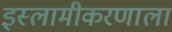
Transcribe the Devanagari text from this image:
इस्लामीकरणाला